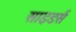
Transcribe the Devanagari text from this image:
साइडर्स